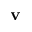
\bf { v }